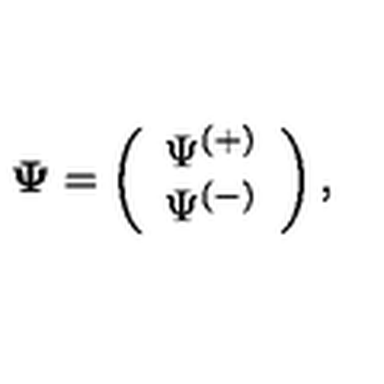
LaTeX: { \bf \Psi } = \left( \begin{array} { c } { \Psi ^ { ( + ) } } \\ { \Psi ^ { ( - ) } } \\ \end{array} \right) ,